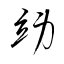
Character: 竧